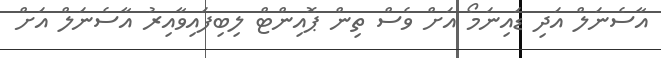
އާސެނަލް އަދި ޑައިނަމޯ އަށް ވެސް ތިން ޕޮއިންޓް ލިބިފައިވާއިރު އާސެނަލް އަށް